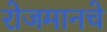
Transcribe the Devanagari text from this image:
रोजमानचे